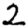
Digit: 2